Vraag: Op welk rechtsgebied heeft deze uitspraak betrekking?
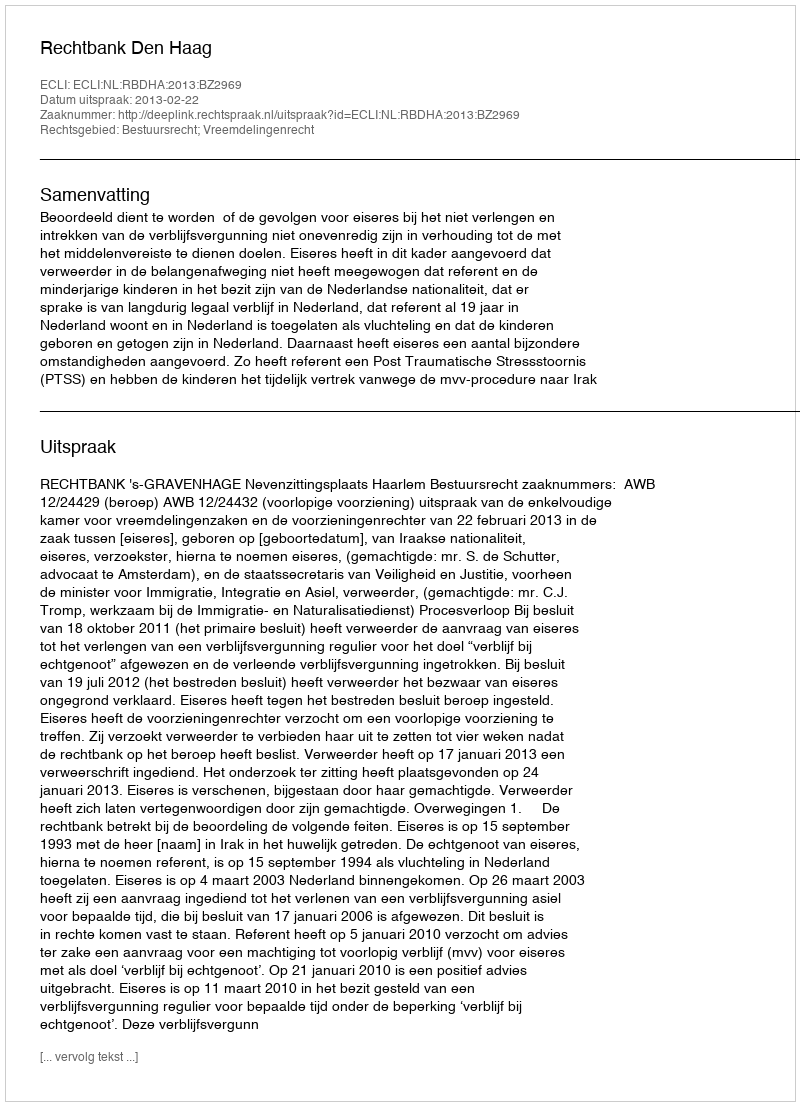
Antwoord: Bestuursrecht; Vreemdelingenrecht